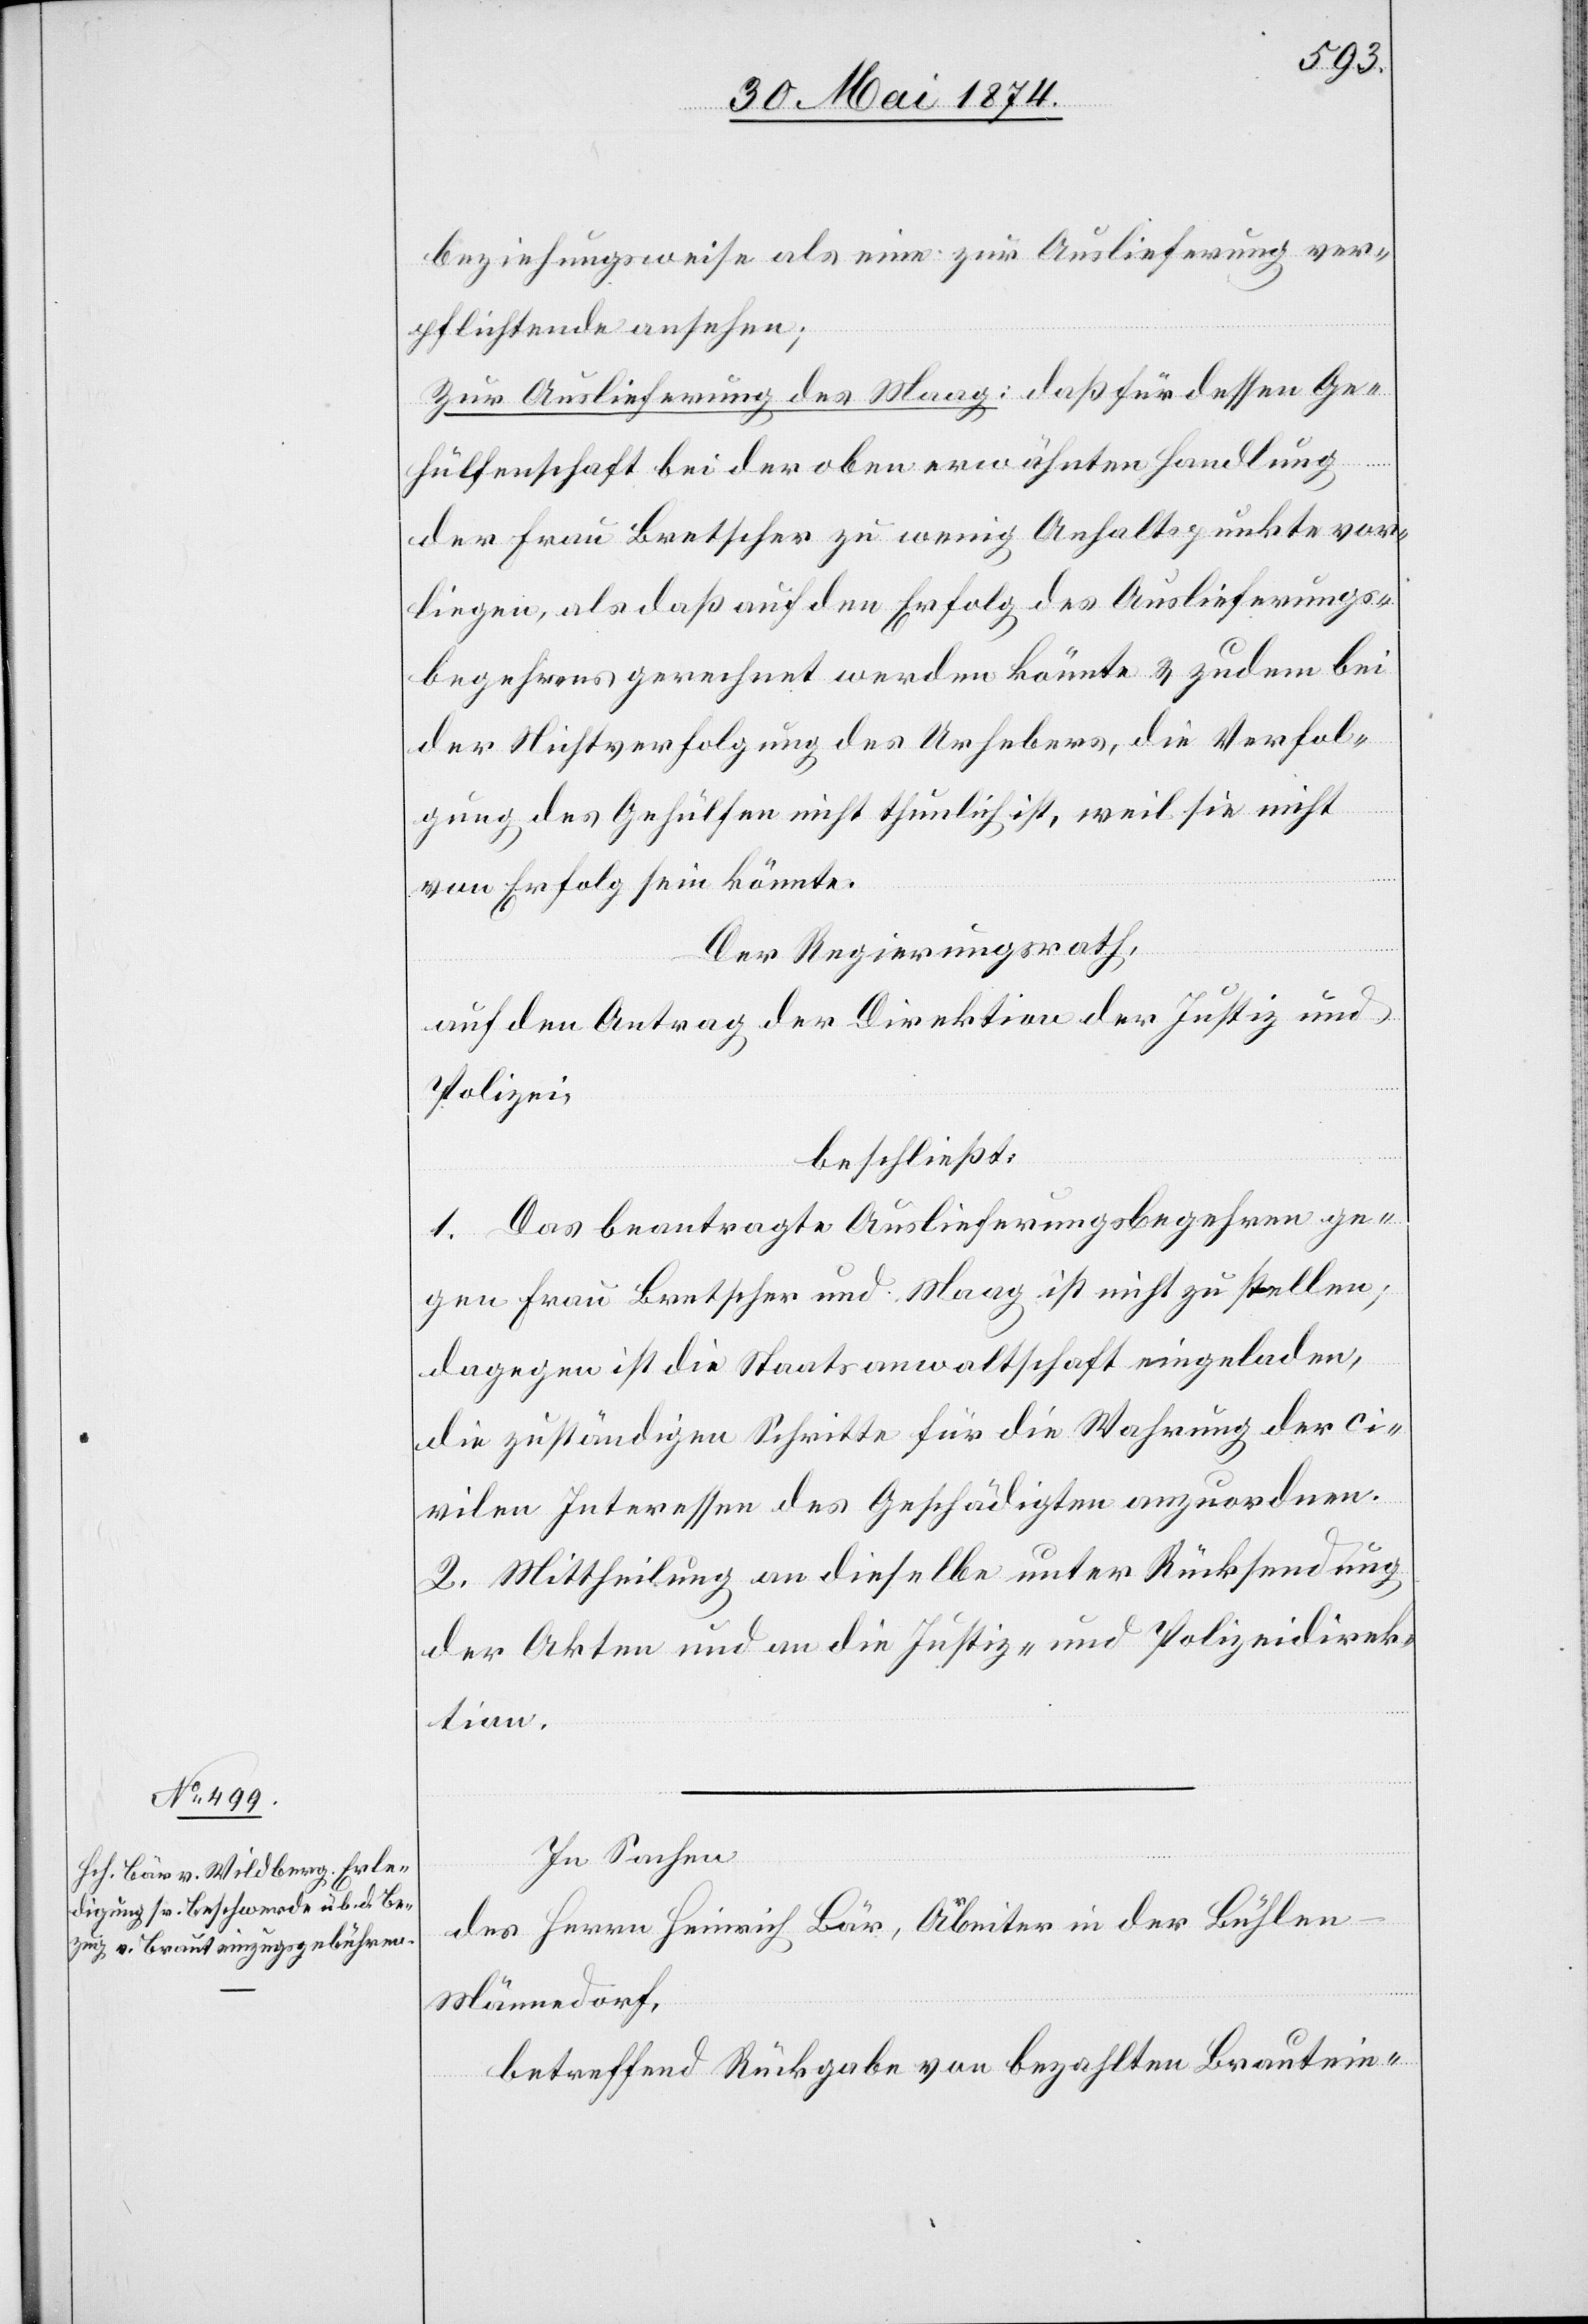
beziehungsweise als eine zur Auslieferung ver¬
pflichtende ansehe;
zur Auslieferung des Maag: daß für dessen Ge¬
hülfenschaft bei der oben erwähnten Handlung
der Frau Bretscher zu wenig Anhaltspunkte vor¬
liegen, als daß auf den Erfolg des Auslieferungs¬
begehrens gerechnet werden könnte u. zudem bei
der Nichtverfolgung des Urhebers, die Verfol¬
gung, des Gehülfen nicht thunlich ist, weil sie nicht
von Erfolg sein könnte.
Der Regierungsrath,
auf den Antrag der Direktion der Justiz und
Polizei,
beschließt:
1. Das beantragte Auslieferungsbegehren ge¬
gen Frau Bretscher und Maag ist nicht zu stellen;
dagegen ist die Staatsanwaltschaft eingeladen,
die zuständigen Schritte für die Wahrung der ci¬
vilen Interessen des Geschädigten anzuordnen.
2. Mittheilung an dieselbe unter Rücksendung
der Akten und an die Justiz- und Polizeidirek¬
tion.
In Sachen
des Herrn Heinrich Bär, Arbeiter in der Bühlen-M¬
ännedorf,
betreffend Rückgabe von bezahlten Brautein-